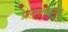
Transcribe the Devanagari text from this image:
प्रगल्भम्